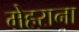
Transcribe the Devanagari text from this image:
मेहराना